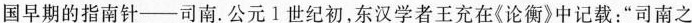
国古代的四大发明之一，如图所示是我国早期的指南针--司南。公元l世纪初，东汉学者王充在《论衡》中记载：”司南之